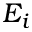
E _ { i }